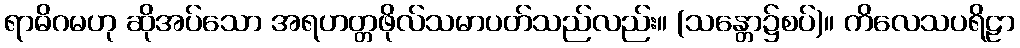
ရာဓိဂမဟု ဆိုအပ်သော အရဟတ္တဖိုလ်သမာပတ်သည်လည်း။ (သန္တော၌စပ်)။ ကိလေသပရိဠာ